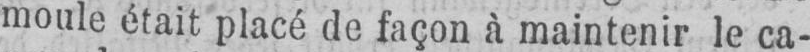
moule était placé de façon à maintenir le ca-